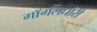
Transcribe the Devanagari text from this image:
गॉगलधारी